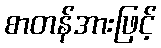
စာတန်အားဖြင့်